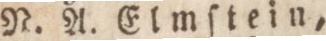
N. A. Elmſtein,